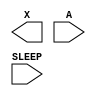
module sky130_fd_sc_hd__lpflow_inputiso0p (
    X    ,
    A    ,
    SLEEP
);

    output X    ;
    input  A    ;
    input  SLEEP;

    // Voltage supply signals
    supply1 VPWR;
    supply0 VGND;
    supply1 VPB ;
    supply0 VNB ;

endmodule